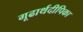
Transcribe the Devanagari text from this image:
गूढार्थदीपिका